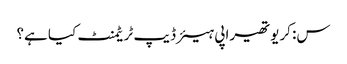
س: کریوتھیراپی ہیئر ڈیپ ٹریٹمنٹ کیا ہے؟